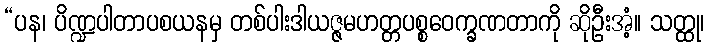
“ပန၊ ပိဏ္ဍပါတာပစယနမှ တစ်ပါးဒါယဇ္ဇမဟတ္တပစ္စဝေက္ခဏတာကို ဆိုဦးအံ့။ သတ္ထု၊